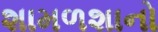
શામળશાનો